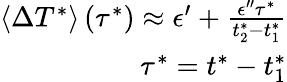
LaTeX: \begin{array}{r}{\langle\Delta T^{*}\rangle\left(\tau^{*}\right)\approx\epsilon^{\prime}+\frac{\epsilon^{\prime\prime}\tau^{*}}{t_{2}^{*}-t_{1}^{*}}}\\ {\tau^{*}=t^{*}-t_{1}^{*}}\end{array}